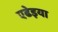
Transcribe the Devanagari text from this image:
एढेइया